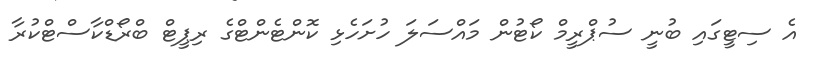
އެ ސިޓީގައި ބުނީ ސުޕްރީމް ކޯޓުން މައްސަލަ ހުށަހެޅި ކޮންޓެންޓްގެ ރިޕީޓް ބްރޯޑްކާސްޓްކުރާ